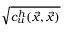
\sqrt { c _ { u } ^ { h } ( \vec { x } , \vec { x } ) }